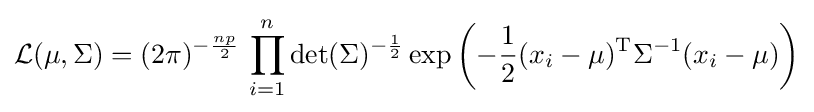
{\mathcal {L}}(\mu ,\Sigma )=(2\pi )^{-{\frac {np}{2}}}\,\prod _{i=1}^{n}\det(\Sigma )^{-{\frac {1}{2}}}\exp \left(-{\frac {1}{2}}(x_{i}-\mu )^{\mathrm {T} }\Sigma ^{-1}(x_{i}-\mu )\right)